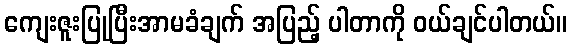
ကျေးဇူးပြုပြီးအာမခံချက် အပြည့် ပါတာကို ဝယ်ချင်ပါတယ်။